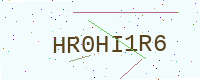
Text: HR0HI1R6